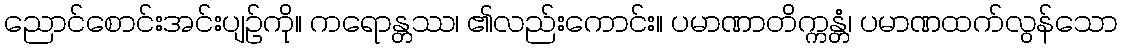
ညောင်စောင်းအင်းပျဉ်ကို။ ကရောန္တဿ၊ ၏လည်းကောင်း။ ပမာဏာတိက္ကန္တံ၊ ပမာဏထက်လွန်သော